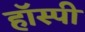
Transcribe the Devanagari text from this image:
हॉस्पी